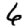
Digit: 6